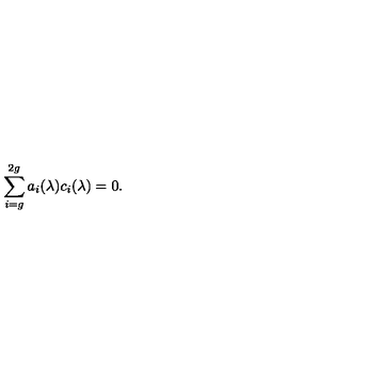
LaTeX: \sum _ { i = g } ^ { 2 g } a _ { i } ( \lambda ) c _ { i } ( \lambda ) = 0 .